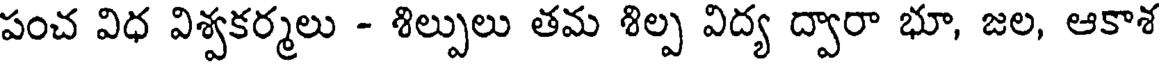
పంచ విధ విశ్వకర్మలు - శిల్పులు తమ శిల్ప విద్య ద్వారా భూ, జల, ఆకాశ